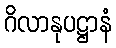
ဂိလာနုပဋ္ဌာနံ